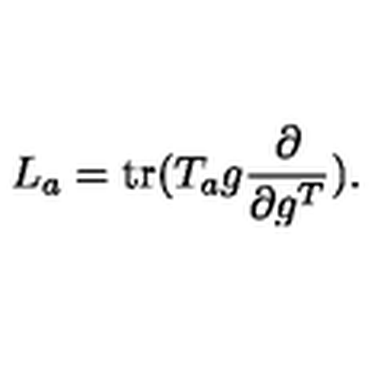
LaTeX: L _ { a } = \mathrm { t r } ( T _ { a } g \frac { \partial } { \partial g ^ { T } } ) .